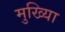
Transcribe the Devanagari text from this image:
मुख्यिा